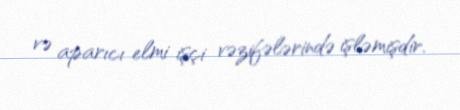
və aparıcı elmi işçi vəzifələrində işləmişdir.